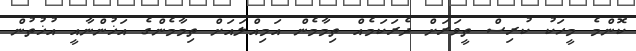
ކޮންމެ މީހަކު ކުރިސް ތީވަރަށް ދެރަކަމެއް ތިމާމެން އަމިއްލައަށް ތިމާމެންގެ އަޚުންނާއީ އުޚުތުން